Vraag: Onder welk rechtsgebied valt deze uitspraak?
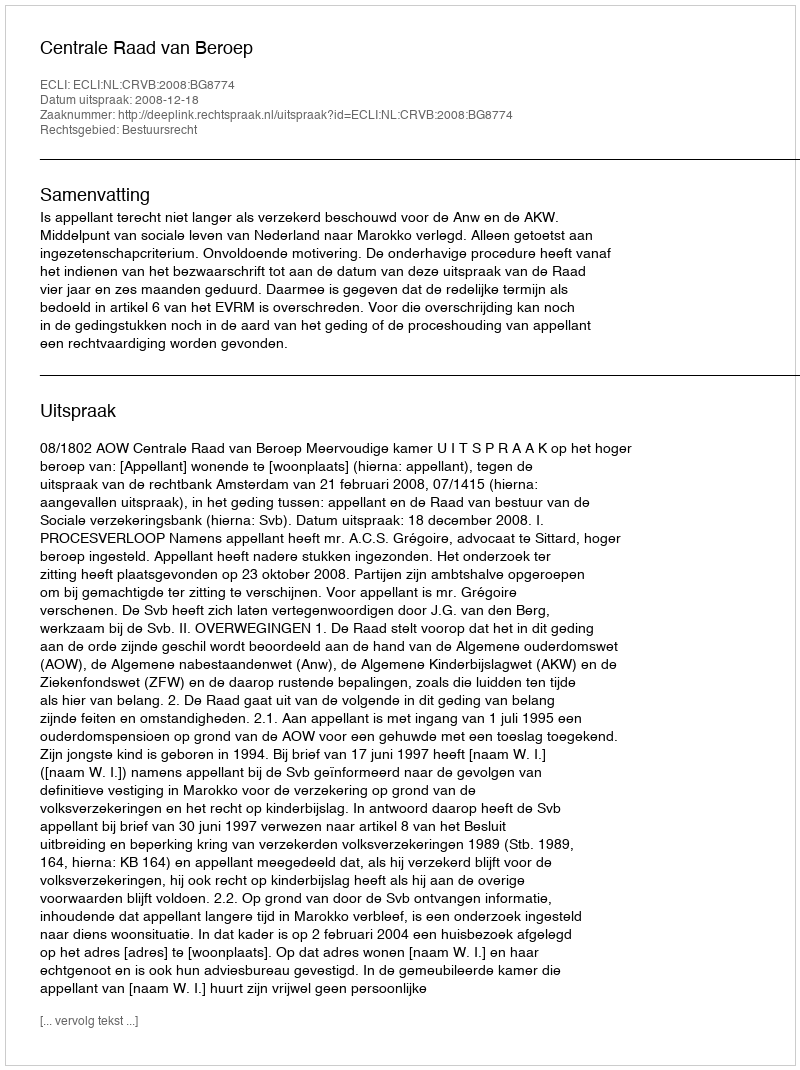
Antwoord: Bestuursrecht